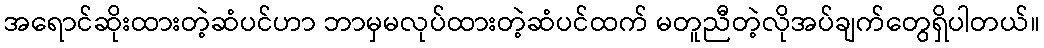
အရောင်ဆိုးထားတဲ့ဆံပင်ဟာ ဘာမှမလုပ်ထားတဲ့ဆံပင်ထက် မတူညီတဲ့လိုအပ်ချက်တွေရှိပါတယ်။